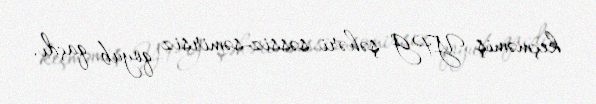
keçməmiş YPG şəhəri səssiz-səmirsiz qoyub qaçdı.